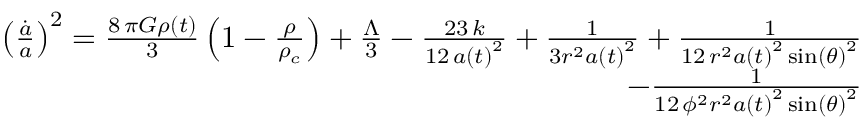
\begin{array} { r } { \left( \frac { \dot { a } } { a } \right) ^ { 2 } = \frac { 8 \, \pi G \rho \left( t \right) } { 3 } \left( 1 - \frac { \rho } { \rho _ { c } } \right) + \frac { \Lambda } { 3 } - \frac { 2 3 \, k } { 1 2 \, a \left( t \right) ^ { 2 } } + \frac { 1 } { 3 r ^ { 2 } a \left( t \right) ^ { 2 } } + \frac { 1 } { 1 2 \, r ^ { 2 } a \left( t \right) ^ { 2 } \sin \left( { \theta } \right) ^ { 2 } } } \\ { - \frac { 1 } { 1 2 \, { \phi } ^ { 2 } r ^ { 2 } a \left( t \right) ^ { 2 } \sin \left( { \theta } \right) ^ { 2 } } } \end{array}